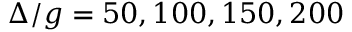
\Delta / g = 5 0 , 1 0 0 , 1 5 0 , 2 0 0